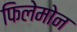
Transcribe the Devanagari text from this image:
फिलेमोन